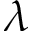
\lambda